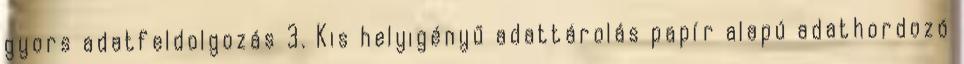
gyors adatfeldolgozás 3. Kis helyigényű adattárolás papír alapú adathordozó